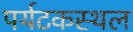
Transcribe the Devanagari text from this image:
पर्यटकस्थल